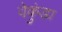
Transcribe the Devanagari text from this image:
वेकुंडा